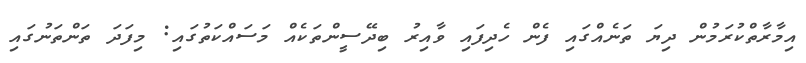
އިމާރާތްކުރަމުން ދިޔަ ތަނެއްގައި ފެން ހެދިފައި ވާއިރު ބިދޭސީންތަކެއް މަސައްކަތުގައި: މިފަދަ ތަންތަނުގައި